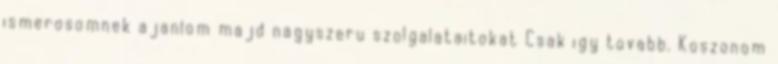
ismerosomnek ajanlom majd nagyszeru szolgalataitokat Csak igy tovabb. Koszonom